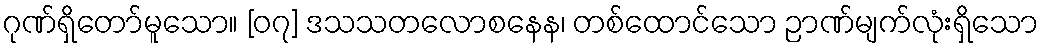
ဂုဏ်ရှိတော်မူသော။ [၀၇] ဒသသတလောစနေန၊ တစ်ထောင်သော ဉာဏ်မျက်လုံးရှိသော